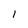
Character: I